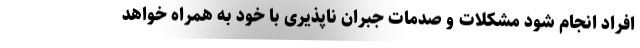
افراد انجام شود مشکلات و صدمات جبران ناپذیری با خود به همراه خواهد